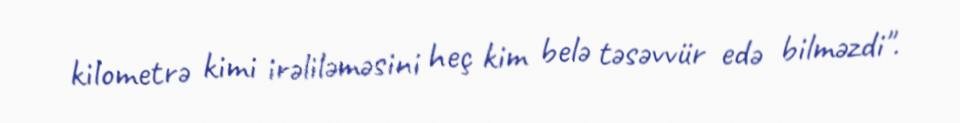
kilometrə kimi irəliləməsini heç kim belə təsəvvür edə bilməzdi".